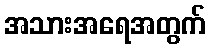
အသားအရေအတွက်